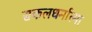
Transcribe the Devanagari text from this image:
सकलधर्मात्मा